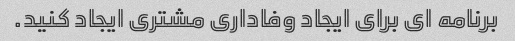
برنامه ای برای ایجاد وفاداری مشتری ایجاد کنید.